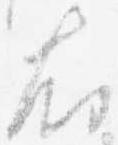
右